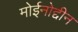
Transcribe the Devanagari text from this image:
मोईनोद्दीन